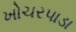
ખોચરપાડા